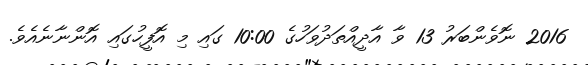
2016 ނޮވެންބަރު 13 ވާ އާދީއްތަދުވަހުގެ 10:00 ގައި މި އޮފީހުގައި އޮންނާނެއެވެ.